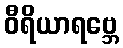
ဝီရိယာရဗ္ဘေ